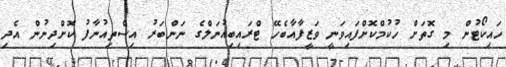
ހައިކޯޓުން މި ގޮތަށް ހުކުމްކޮށްފައިވަނީ ވަޒީފާއާބެހޭ ޓްރައިބިއުނަލްގެ ނަންބަރު އިސްތިއުނާފު ކޮށްދިނުން އެދި